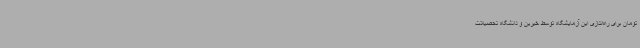
تومان برای راه‌اندازی این آزمایشگاه توسط خیرین و دانشگاه تحصیلات